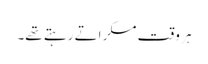
ہر وقت مسکراتے رہتے تھے۔